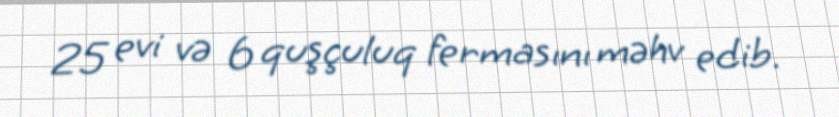
25 evi və 6 quşçuluq fermasını məhv edib.